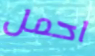
احمل